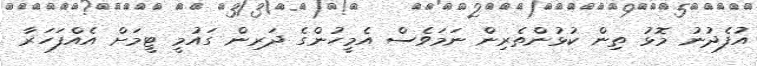
އުފެދުނު މޮޅު ތިން ކުޅުންތެރިން ނަމަވެސް އެމީހުންގެ ދަރިން ގައުމީ ޓީމަށް އެއްފަހަރާ